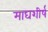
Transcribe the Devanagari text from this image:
माघशीर्ष